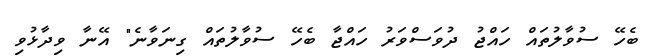
ބެހޭ ސުވާލުތައް ހައްޖު ދުވަސްވަރު ހައްޖާ ބެހޭ ސުވާލުތައް ގިނަވާނެ" އޭނާ ވިދާޅުވި